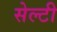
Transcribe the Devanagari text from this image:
सेल्टी